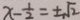
x - \frac { 1 } { 2 } = \pm \sqrt { 2 }